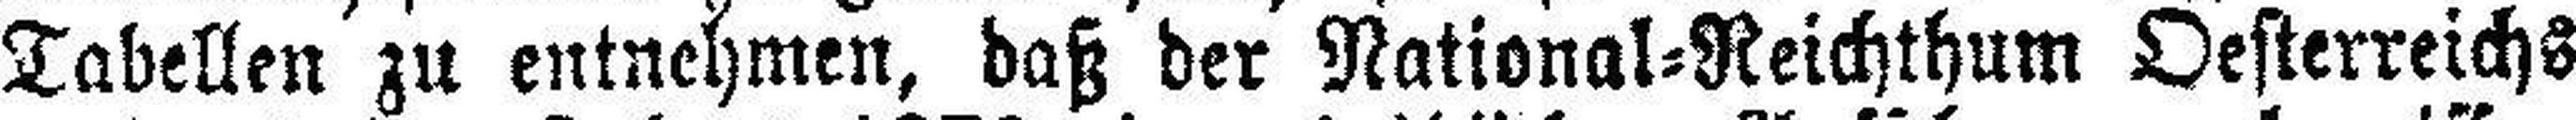
Tabellen zu entnehmen, daß der National=Reichthum Oesterreichs